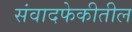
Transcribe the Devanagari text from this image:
संवादफेकीतील